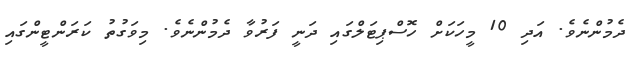
ދެމުންނެވެ. އަދި 10 މީހަކަށް ހޮސްޕިޓަލްގައި ދަނީ ފަރުވާ ދެމުންނެވެ. މިވަގުުތު ކަރަންޓީންގައި